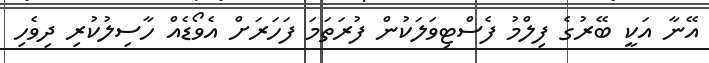
އޭނާ އަކީ ބޭރުގެ ފިލްމު ފެސްޓިވަލަކުން ފުރަތަމަ ފަހަރަށް އެވޯޑެއް ހާސިލުކުރި ދިވެހި